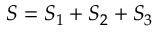
S = S _ { 1 } + S _ { 2 } + S _ { 3 }